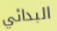
البدائي